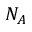
N _ { A }